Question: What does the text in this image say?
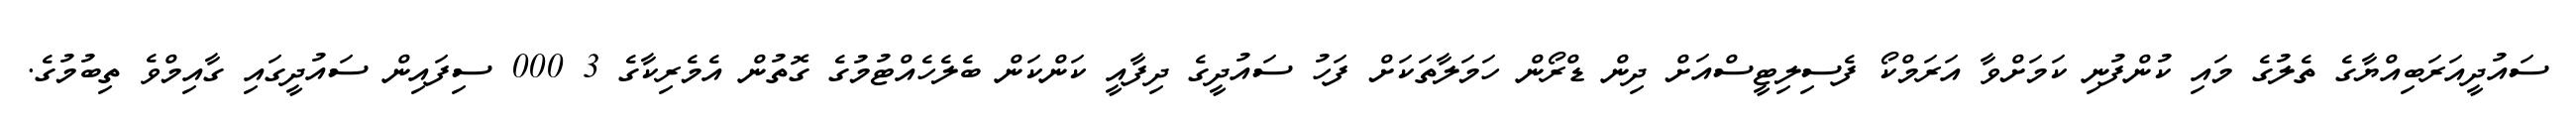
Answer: ސައުދީއަރަބިއްޔާގެ ތެލުގެ މައި ކުންފުނި ކަމަށްވާ އަރަމްކޯ ފެސިލިޓީސްއަށް ދިން ޑްރޯން ހަމަލާތަކަށް ފަހު ސައުދީގެ ދިފާއީ ކަންކަން ބެލެހެއްޓުމުގެ ގޮތުން އެމެރިކާގެ 3 000 ސިފައިން ސައުދީގައި ގާއިމްވެ ތިބުމުގެ.